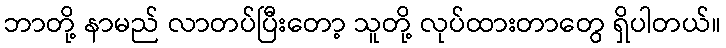
ဘာတို့ နာမည် လာတပ်ပြီးတော့ သူတို့ လုပ်ထားတာတွေ ရှိပါတယ်။